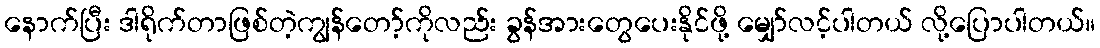
နောက်ပြီး ဒါရိုက်တာဖြစ်တဲ့ကျွန်တော့်ကိုလည်း ခွန်အားတွေပေးနိုင်ဖို့ မျှော်လင့်ပါတယ် လို့ပြောပါတယ်။